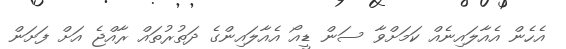
އެހެން އެއާލައިނެއް ކަމަށްވާ ސަން ޑީއޯ އެއާލައިންގެ ދަތުރުތައް ރާއްޖެ އަށް ފަށަން